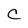
Character: C